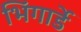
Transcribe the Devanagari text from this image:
भिंगार्डे